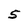
Character: 5